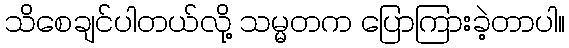
သိစေချင်ပါတယ်လို့ သမ္မတက ပြောကြားခဲ့တာပါ။